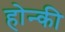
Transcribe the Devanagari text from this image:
होन्की